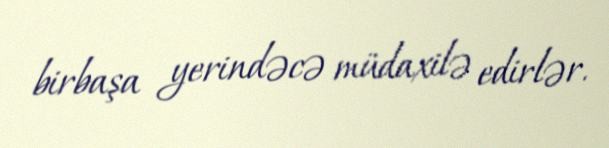
birbaşa yerindəcə müdaxilə edirlər.